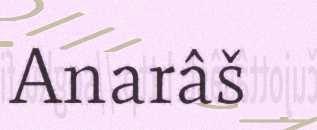
Anarâš